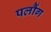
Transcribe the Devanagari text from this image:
पलौंग